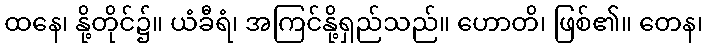
ထနေ၊ နို့တိုင်၌။ ယံခီရံ၊ အကြင်နို့ရှည်သည်။ ဟောတိ၊ ဖြစ်၏။ တေန၊